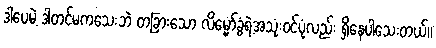
ဒါပေမဲ့ ဒါတင်မကသေးဘဲ တခြားသော လိမ္မော်ခွံရဲ့အသုံးဝင်ပုံလည်း ရှိနေပါသေးတယ်။